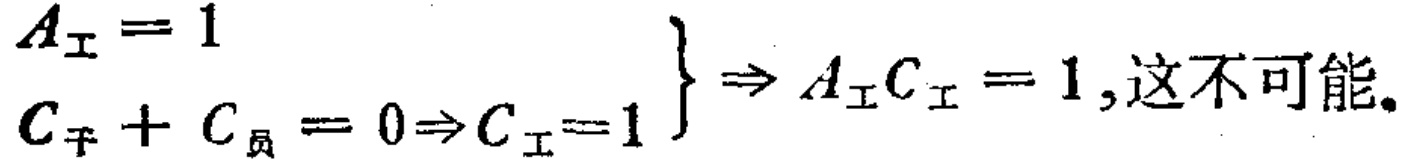
\[

\left.

\begin{array}{l}

A_{\text{工}} = 1 \\

C_{\text{干}} + C_{\text{员}} = 0 \Rightarrow C_{\text{工}} = 1

\end{array}

\right\} \Rightarrow A_{\text{工}}C_{\text{工}} = 1\text{,这不可能。}

\]